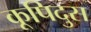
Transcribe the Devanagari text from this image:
कूपिदुस